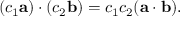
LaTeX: ( c _ { 1 } \mathbf { a } ) \cdot ( c _ { 2 } \mathbf { b } ) = c _ { 1 } c _ { 2 } ( \mathbf { a } \cdot \mathbf { b } ) .